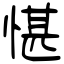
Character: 愖